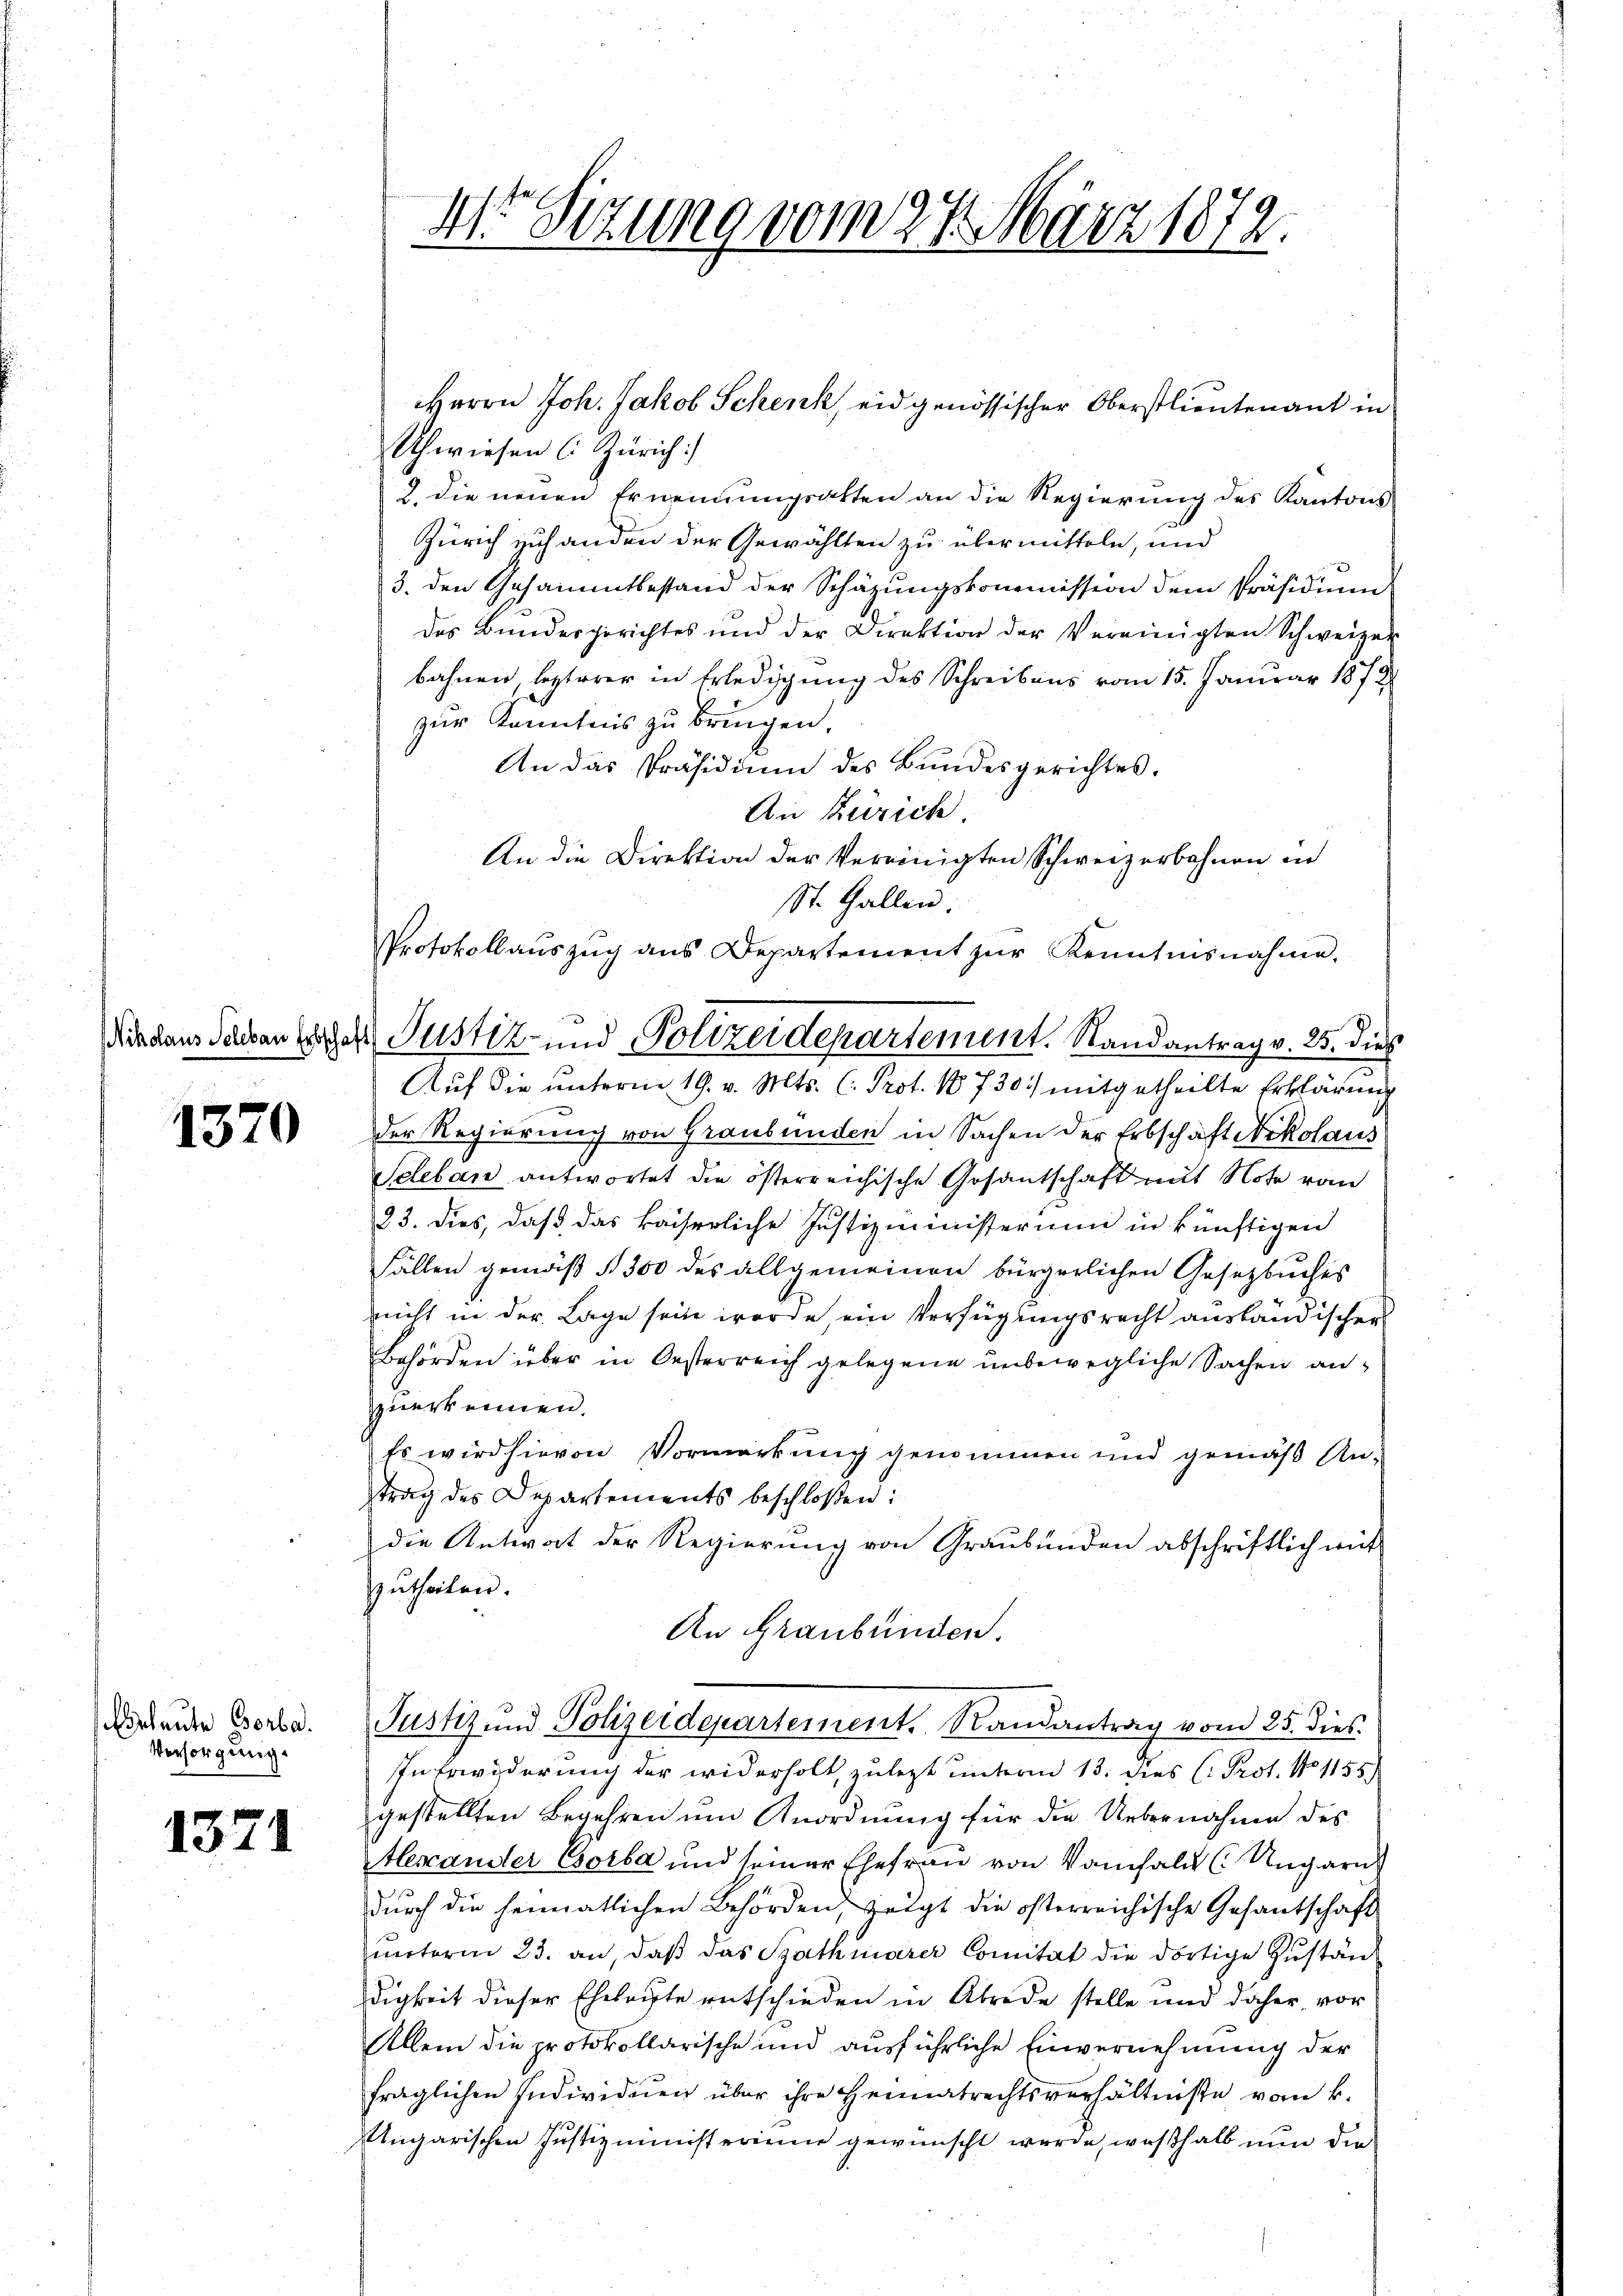
1370

Beleute Borba¬
Versorgung.

1371

4to Sizung vom 27. März 1872.

Uhwiesen (Zürich)
2. die neuen Ernennungsakten an die Regierung des Kantons
Zürich zuhanden der Gewählten zu übermitteln, und
3. den Gesammtbestand der Schätzungskommission dem Präsidium
des Bundesgerichtes und der Direktion der Vereinigten Schweizer
bahnen, lezterer in Erledigung des Schreibens vom 15. Januar 1872
zur Kenntnis zu bringen.
An das Präsidium des Bŭndesgerichtes.
An Zürich.
An die Direktion der Vereinigten Schweizerbahnen in
St. Gallen.
Protokollaŭszŭg ans Departement zŭr Kenntnisnahme.
Auf die unterm 19. v. Mts. (: Prot. 18730) mitgetheilte Erklärung
der Regierung von Graubünden in Sachen der Erbschaft Nikolaus
Scleban antwortet die österreichische Gesantschaft mit Note vom
23. dies, daß das kaiserliche Justizministerium in künftigen
Fällen gemäß § 300 des allgemeinen bürgerlichen Gesetzbuches
nicht in der Lage sein werde, ein Verfügungsrecht ausländischer
Behörden über in Oesterreich gelegene unbewegliche Sachen anzzuerkennen.
Es wird hievon Vormerkung genommen und gemäß An-
trag des Departements beschloßen:
die Antwort der Regierung von Graubünden abschriftlich mit
zŭtheilen.
An Graubünden.
Justiz und Polizeidepartement, Randantrag vom 25. dies
In Erwiderung der widerholt, zuletzt unterm 13. dies (: Prot. No 1155.
gestellten Begehren um Anordnung für die Uebernahme des
Alexander Esoiba und seiner Ehefrau von Vorfall (Ungarn
dŭrch die heimatlichen Behörden, zeigt die österreichische Gesandtschaft
motoren 23. an, daß das Szathmarer Comitat die dortige Zuständigkeit dieser Eheleiste entschieden in Abrede stelle und daher, vor
Allein die protokollarische und ausführliche Einvernehmung der
fraglichen Individuen über ihre Heimatrechtsverhältnisse vom k.
Ungarischen Justizministerinne gewünscht werde, weßhalb nun die

Herrn Joh. Jakob Schenk, eidgenössischer Oberstlieutenant in

Dindaus Sachen der Justiz- und Polize de rement. Randantrag v. 25. dies